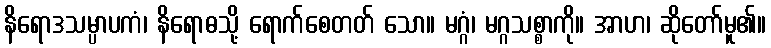
နိရောဒသမ္ပာပကံ၊ နိရောဓသို့ ရောက်စေတတ် သော။ မဂ္ဂံ၊ မဂ္ဂသစ္စာကို။ အာဟ၊ ဆိုတော်မူ၏။